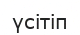
үсітіп